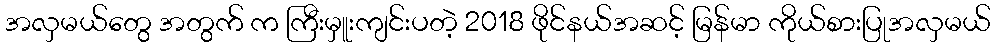
အလှမယ်တွေ အတွက် က ကြီးမှူးကျင်းပတဲ့ 2018 ဖိုင်နယ်အဆင့် မြန်မာ ကိုယ်စားပြုအလှမယ်